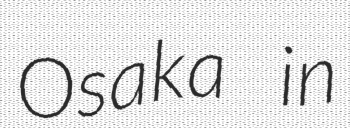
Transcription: Osaka in